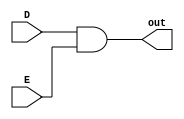
module andGate(
    input D,
    input E,
    output out
    );

assign out= D & E;
endmodule